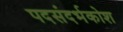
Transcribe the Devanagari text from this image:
पदसंदर्भकोश